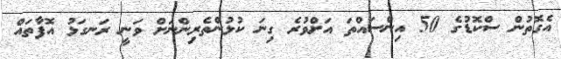
އެގޮތުން ސްކޮޑުގެ 50 އިންސައްތަ އަށްވުރެ ގިނަ ކުޅުންތެރިންނަށް ވަނީ ރަނގަޅު އޮފާތައް